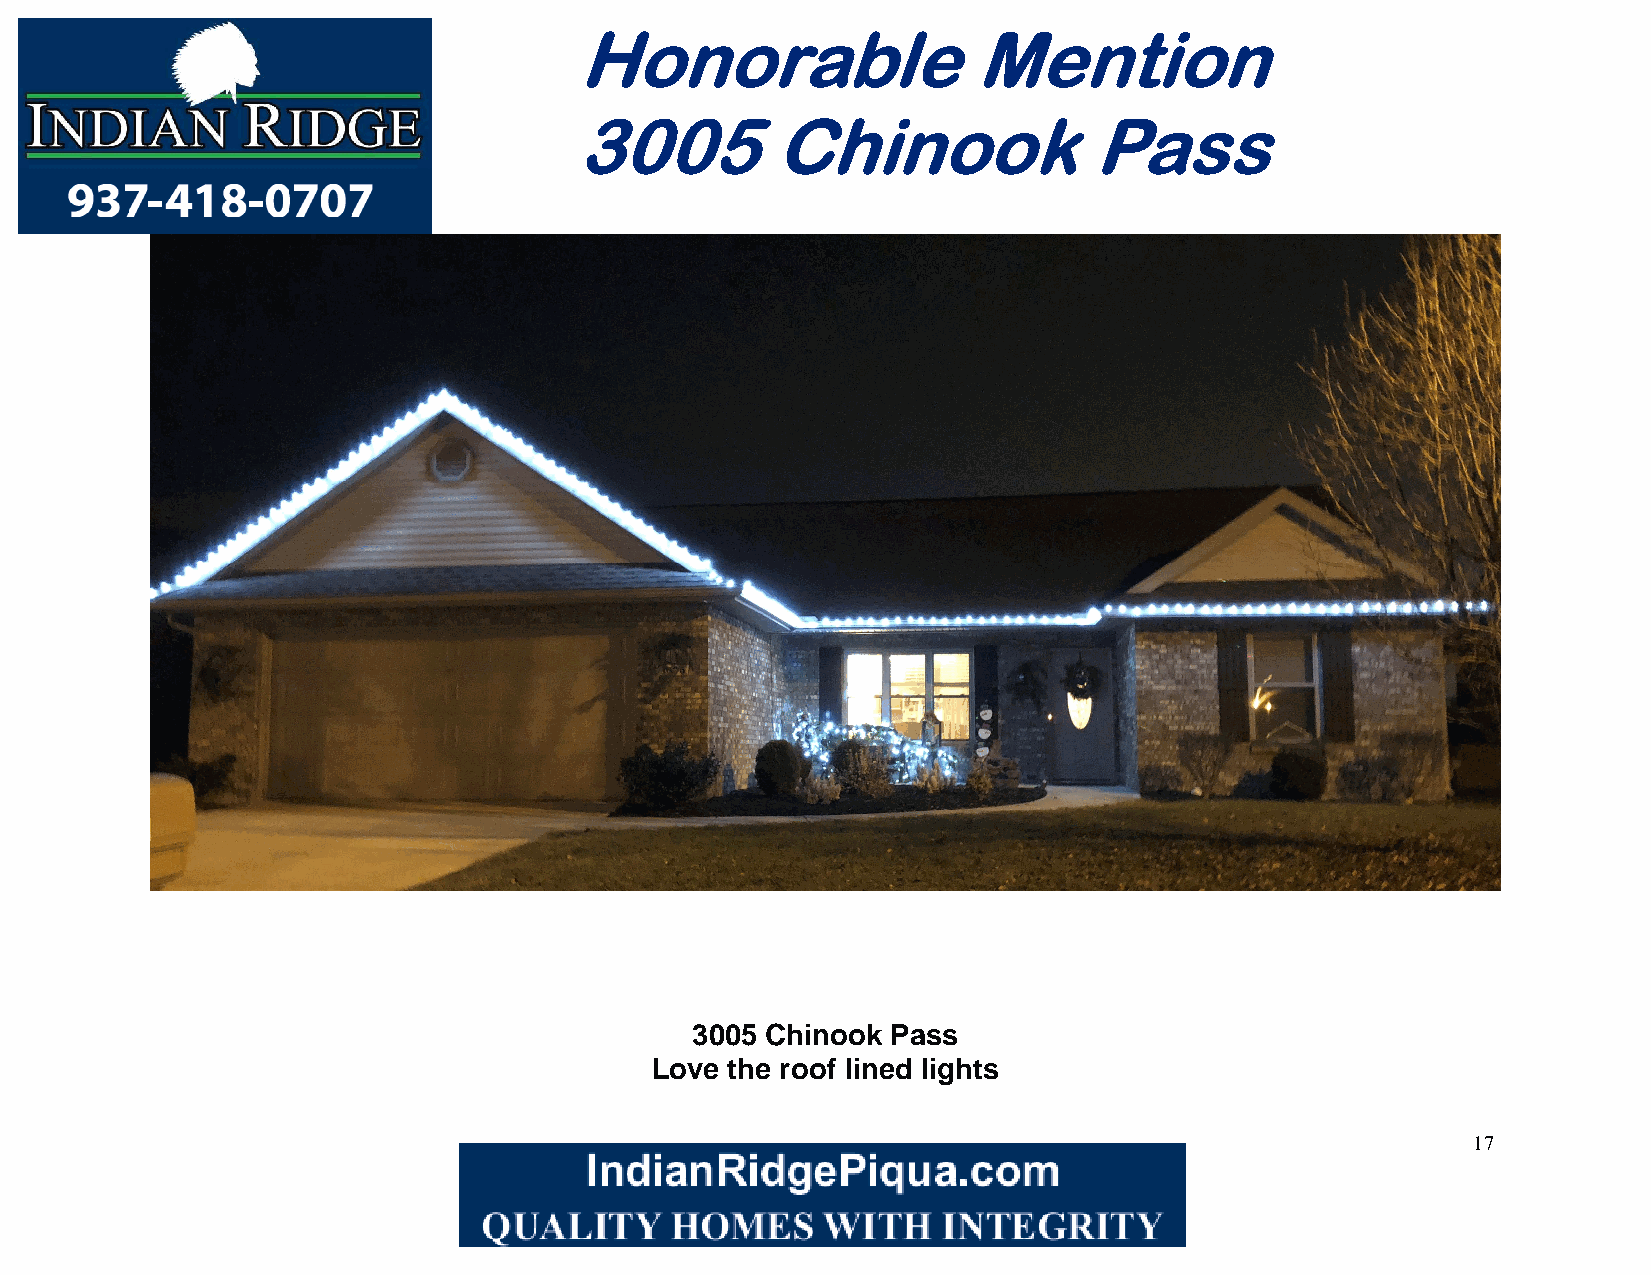
Honorable                 Mention
 3005         Chinook              Pass
 3005 Chinook Pass
 Love the roof lined lights
 17